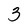
Character: 3